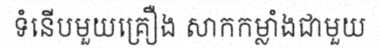
ទំនើបមួយគ្រឿង សាកកម្លាំងជាមួយ